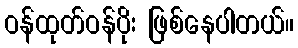
ဝန်ထုတ်ဝန်ပိုး ဖြစ်နေပါတယ်။